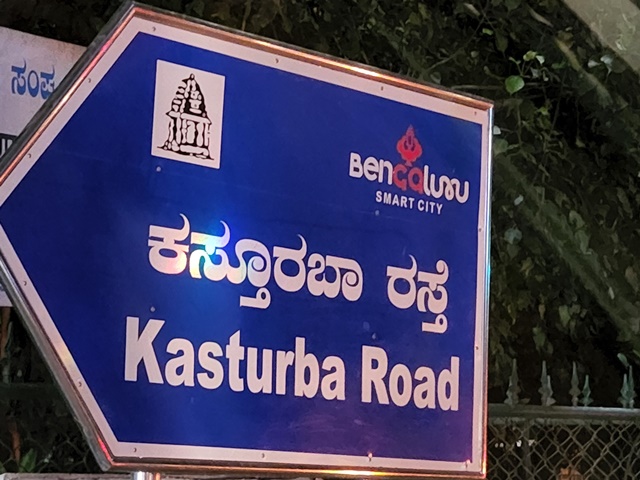
Language: kannada
Transcription: ಕಸ್ತೂರಬಾ ರಸ್ತೆ